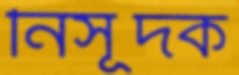
নিসূদক